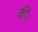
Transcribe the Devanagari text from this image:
की।